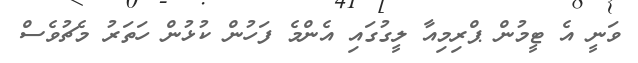
ވަނީ އެ ޓީމުން ޕްރިމިއާ ލީގުގައި އެންމެ ފަހުން ކުޅުން ހަތަރު މެޗުވެސް